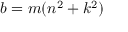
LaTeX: b = m ( n ^ { 2 } + k ^ { 2 } )